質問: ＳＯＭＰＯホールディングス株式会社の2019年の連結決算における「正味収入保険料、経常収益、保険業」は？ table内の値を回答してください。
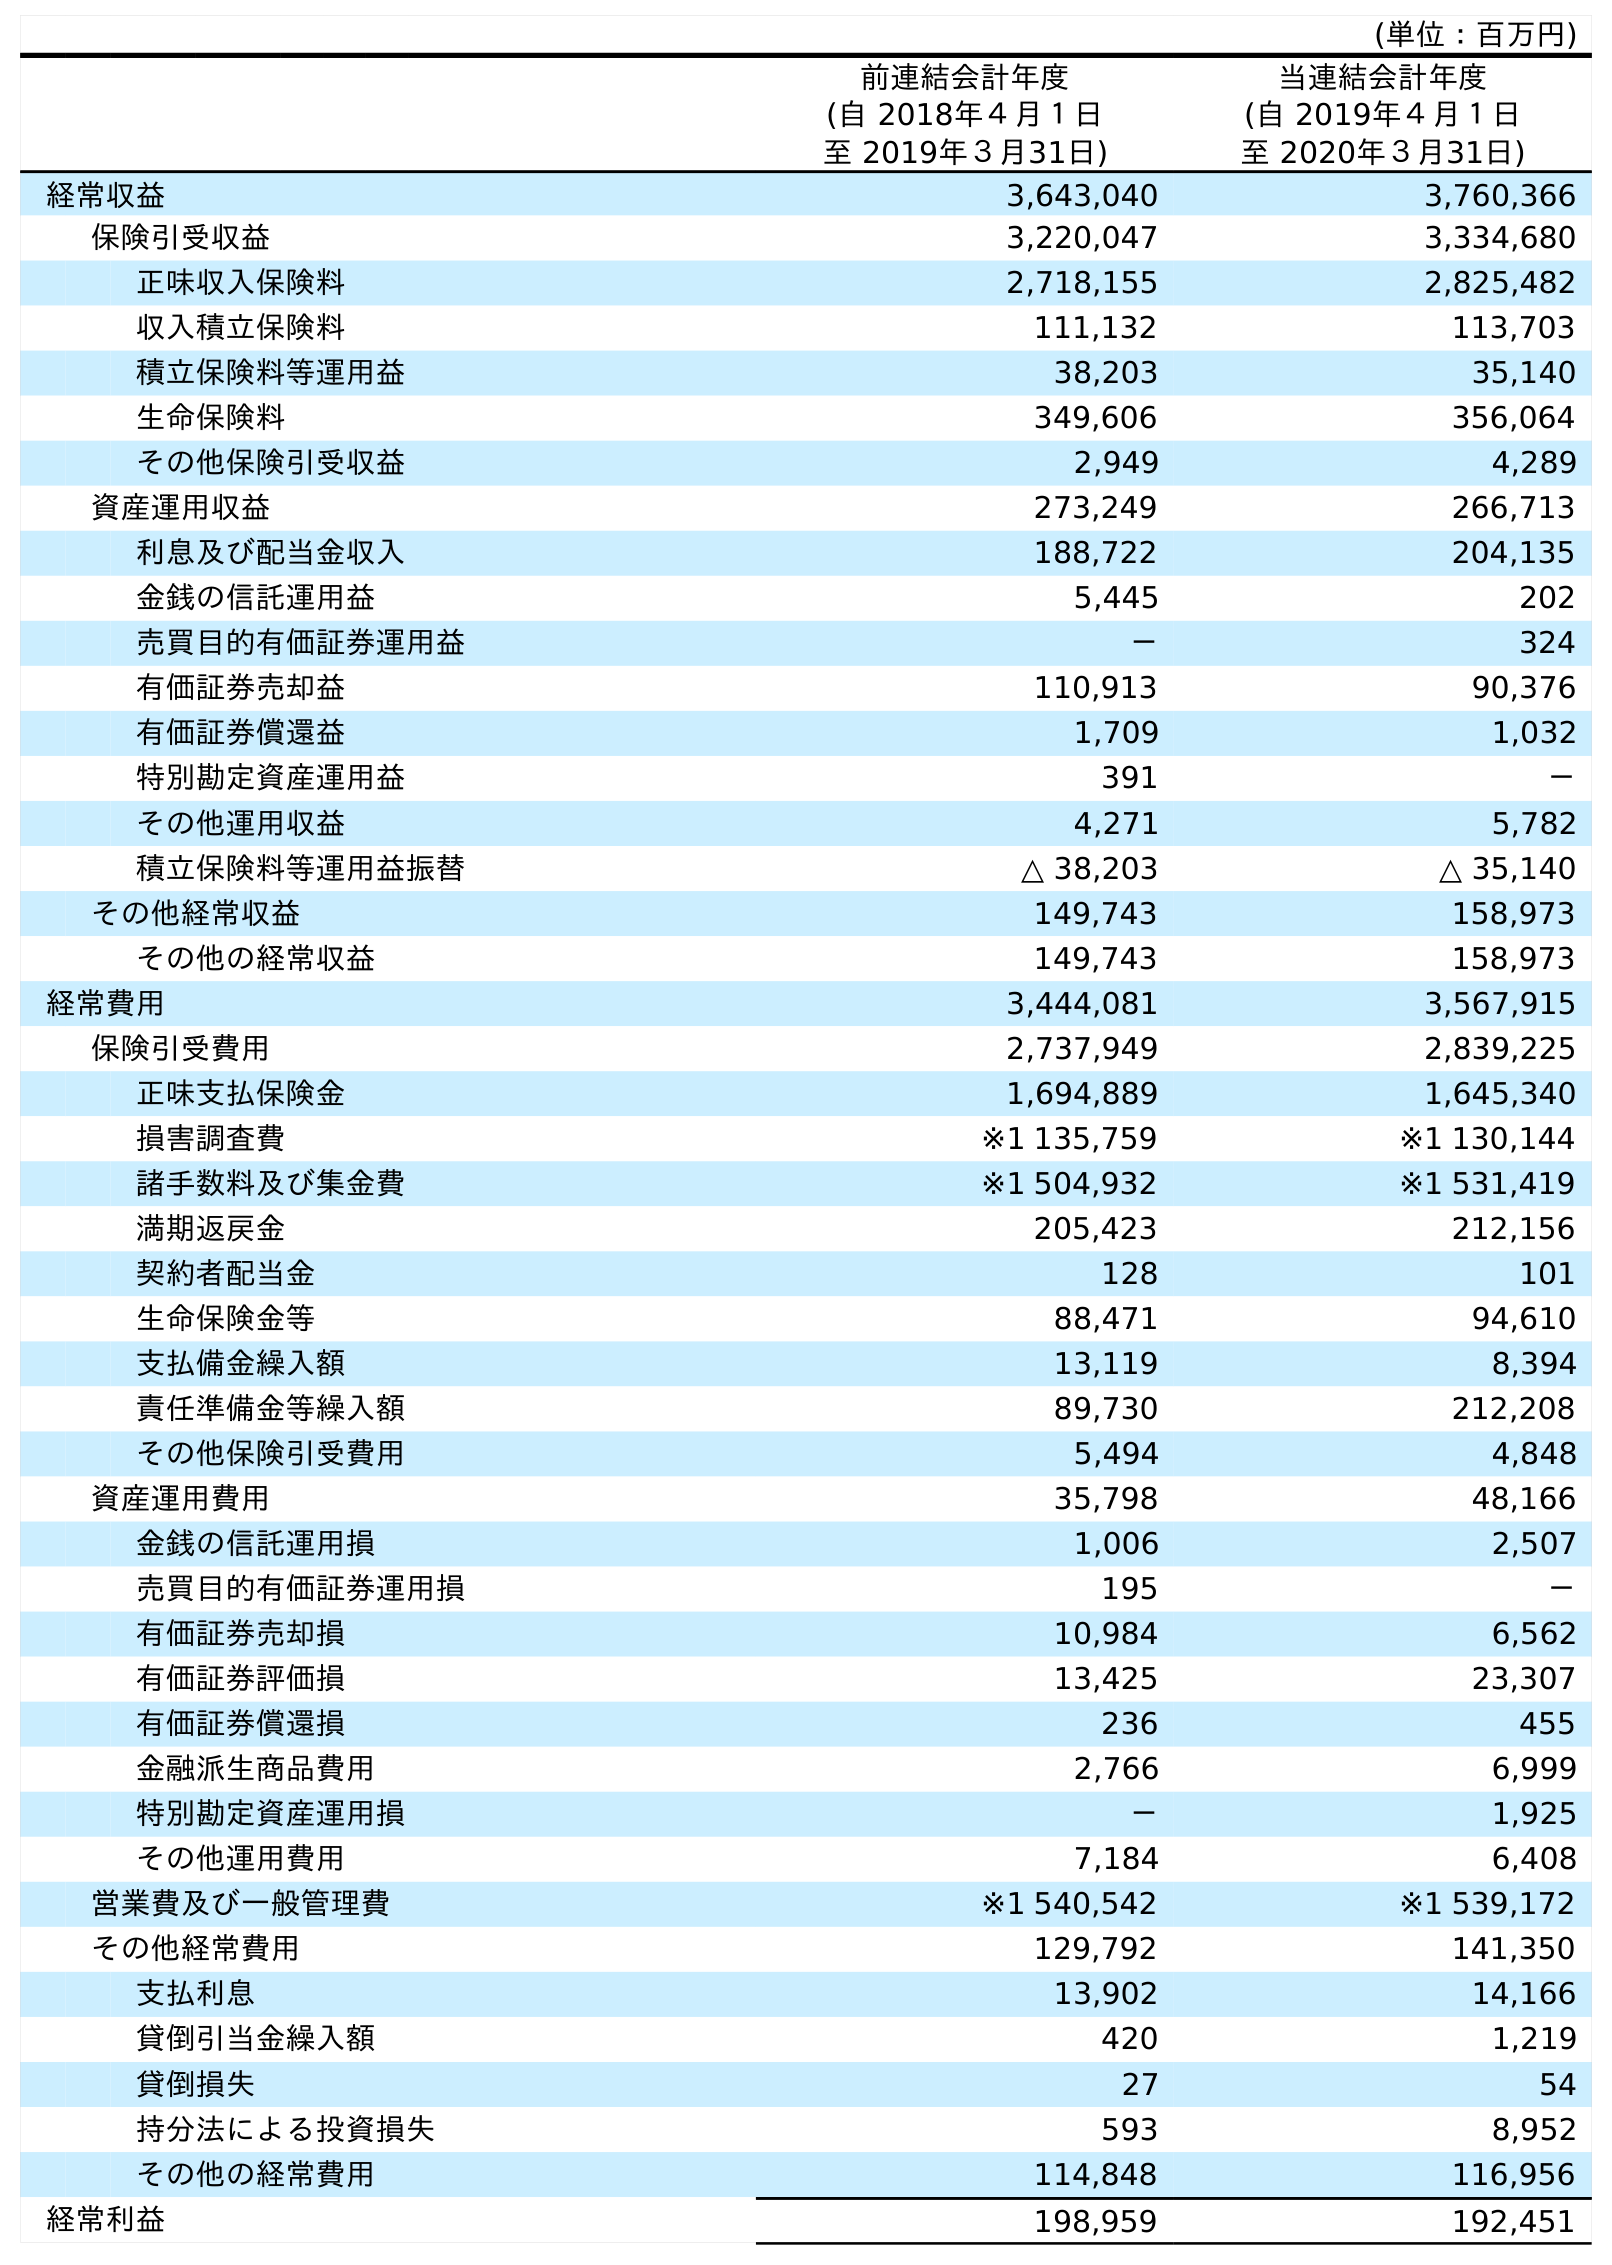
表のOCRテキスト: (単位：百万円) 前連結会計年度 (自 2018年４月１日 至 2019年３月31日) 当連結会計年度 (自 2019年４月１日 至 2020年３月31日) 経常収益 3,643,040 3,760,366 保険引受収益 3,220,047 3,334,680 正味収入保険料 2,718,155 2,825,482 収入積立保険料 111,132 113,703 積立保険料等運用益 38,203 35,140 生命保険料 349,606 356,064 その他保険引受収益 2,949 4,289 資産運用収益 273,249 266,713 利息及び配当金収入 188,722 204,135 金銭の信託運用益 5,445 202 売買目的有価証券運用益 － 324 有価証券売却益 110,913 90,376 有価証券償還益 1,709 1,032 特別勘定資産運用益 391 － その他運用収益 4,271 5,782 積立保険料等運用益振替 △ 38,203 △ 35,140 その他経常収益 149,743 158,973 その他の経常収益 149,743 158,973 経常費用 3,444,081 3,567,915 保険引受費用 2,737,949 2,839,225 正味支払保険金 1,694,889 1,645,340 損害調査費 ※1 135,759 ※1 130,144 諸手数料及び集金費 ※1 504,932 ※1 531,419 満期返戻金 205,423 212,156 契約者配当金 128 101 生命保険金等 88,471 94,610 支払備金繰入額 13,119 8,394 責任準備金等繰入額 89,730 212,208 その他保険引受費用 5,494 4,848 資産運用費用 35,798 48,166 金銭の信託運用損 1,006 2,507 売買目的有価証券運用損 195 － 有価証券売却損 10,984 6,562 有価証券評価損 13,425 23,307 有価証券償還損 236 455 金融派生商品費用 2,766 6,999 特別勘定資産運用損 － 1,925 その他運用費用 7,184 6,408 営業費及び一般管理費 ※1 540,542 ※1 539,172 その他経常費用 129,792 141,350 支払利息 13,902 14,166 貸倒引当金繰入額 420 1,219 貸倒損失 27 54 持分法による投資損失 593 8,952 その他の経常費用 114,848 116,956 経常利益 198,959 192,451
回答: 2,718,155